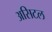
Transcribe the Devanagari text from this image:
असिटल